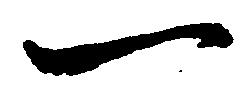
一